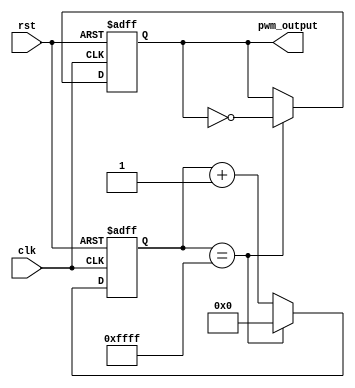
module PWM_Pulse_Generator(
    input wire clk,
    input wire rst,
    output reg pwm_output
);

reg [15:0] pwm_counter;
reg pwm_signal;

initial begin
    pwm_counter = 16'h0000;
    pwm_signal = 1'b0;
end

always @(posedge clk or posedge rst) begin
    if(rst) begin
        pwm_counter <= 16'h0000;
        pwm_signal <= 1'b0;
    end
    else begin
        if(pwm_counter == 16'hFFFF) begin
            pwm_counter <= 16'h0000;
            pwm_signal <= ~pwm_signal;
        end
        else begin
            pwm_counter <= pwm_counter + 1;
        end
    end
end

assign pwm_output = pwm_signal;

endmodule